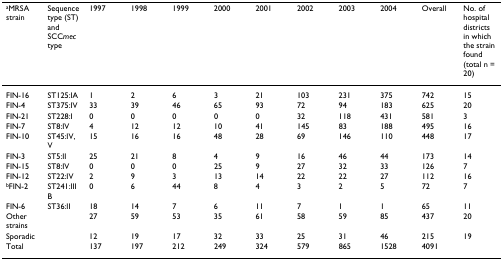
| aMRSA strain | Sequence type (ST) and SCCmec type | 1997 | 1998 | 1999 | 2000 | 2001 | 2002 | 2003 | 2004 | Overall | No. of hospital districts in which the strain found (total n = 20) |
 | --- | --- | --- | --- | --- | --- | --- | --- | --- | --- | --- | --- |
 | FIN-16 | ST125:IA | 1 | 2 | 6 | 3 | 21 | 103 | 231 | 375 | 742 | 15 |
 | FIN-4 | ST375:IV | 33 | 39 | 46 | 65 | 93 | 72 | 94 | 183 | 625 | 20 |
 | FIN-21 | ST228:I | 0 | 0 | 0 | 0 | 0 | 32 | 118 | 431 | 581 | 3 |
 | FIN-7 | ST8:IV | 4 | 12 | 12 | 10 | 41 | 145 | 83 | 188 | 495 | 16 |
 | FIN-10 | ST45:IV, V | 15 | 16 | 16 | 48 | 28 | 69 | 146 | 110 | 448 | 17 |
 | FIN-3 | ST5:II | 25 | 21 | 8 | 4 | 9 | 16 | 46 | 44 | 173 | 14 |
 | FIN-15 | ST8:IV | 0 | 0 | 0 | 25 | 9 | 27 | 32 | 33 | 126 | 7 |
 | FIN-12 | ST22:IV | 2 | 9 | 3 | 13 | 14 | 22 | 22 | 27 | 112 | 16 |
 | bFIN-2 | ST241:IIIB | 0 | 6 | 44 | 8 | 4 | 3 | 2 | 5 | 72 | 7 |
 | FIN-6 | ST36:II | 18 | 14 | 7 | 6 | 11 | 7 | 1 | 1 | 65 | 11 |
 | Other strains |  | 27 | 59 | 53 | 35 | 61 | 58 | 59 | 85 | 437 | 20 |
 | Sporadic |  | 12 | 19 | 17 | 32 | 33 | 25 | 31 | 46 | 215 | 19 |
 | Total |  | 137 | 197 | 212 | 249 | 324 | 579 | 865 | 1528 | 4091 |  |